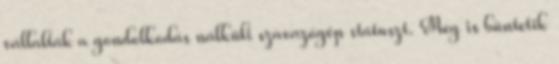
vállalták a gondolkodás nálküli szavazógép státuszt. Meg is büntetik